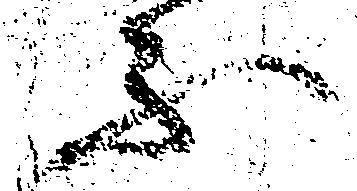
不